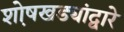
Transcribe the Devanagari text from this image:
शो़षखड्यांद्वारे